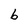
Character: b